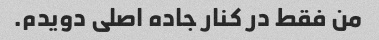
من فقط در کنار جاده اصلی دویدم.